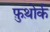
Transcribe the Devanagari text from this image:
फ़ुथ़ोर्क